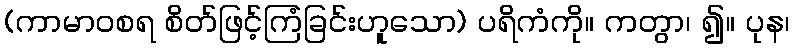
(ကာမာဝစရ စိတ်ဖြင့်ကြံခြင်းဟူသော) ပရိကံကို။ ကတွာ၊ ၍။ ပုန၊